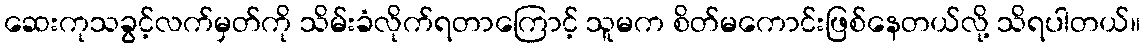
ဆေးကုသခွင့်လက်မှတ်ကို သိမ်းခံလိုက်ရတာကြောင့် သူမက စိတ်မကောင်းဖြစ်နေတယ်လို့ သိရပါတယ်။